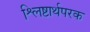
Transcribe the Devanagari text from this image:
श्लिष्टार्थपरक